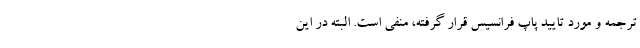
ترجمه و مورد تایید پاپ فرانسیس قرار گرفته، منفی است. البته در این